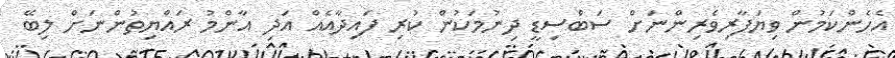
އެހެންކަމުން ވިޔަފާރިވެރިންނަށް ސަބްސިޑީ ދިނުމަކުން ކުރި ފައިދާއެއް އަދި އާންމު ރައްޔިތުންނަށް ލިބޭ